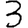
Digit: 3